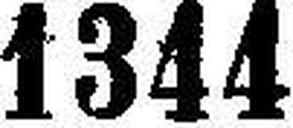
1344